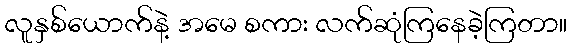
လူနှစ်ယောက်နဲ့ အမေ စကား လက်ဆုံကြနေခဲ့ကြတာ။